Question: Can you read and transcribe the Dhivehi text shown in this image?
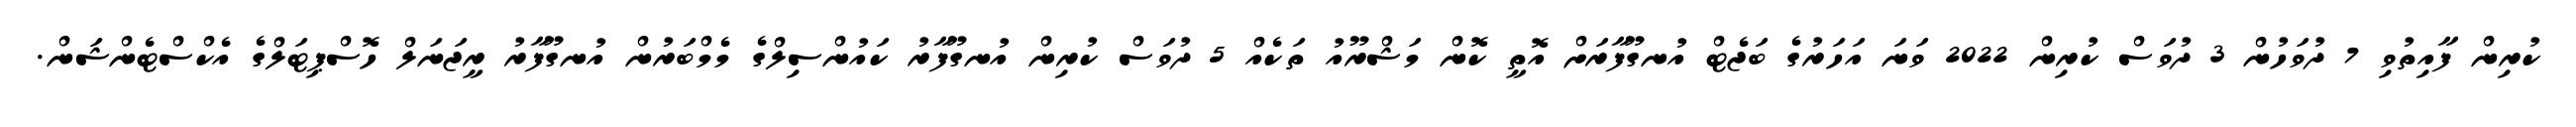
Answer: ކުރިން ފާއިތުވި 7 ދުވަހުން 3 ދުވަސް ކުރިން 2022 ވަނަ އަހަރުގެ ބަޖެޓް އުނގޫފާރަށް އޮތީ ކޮން މަޝްރޫއު ތަކެއް 5 ދުވަސް ކުރިން އުނގޫފާރު ކައުންސިލްގެ މެމްބަރުން އުނގޫފާރު ރީޖަނަލް ހޮސްޕިޓަލްގެ އެކްސްޓެންޝަން.